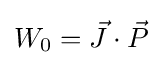
W_{0}={\vec {J}}\cdot {\vec {P}}